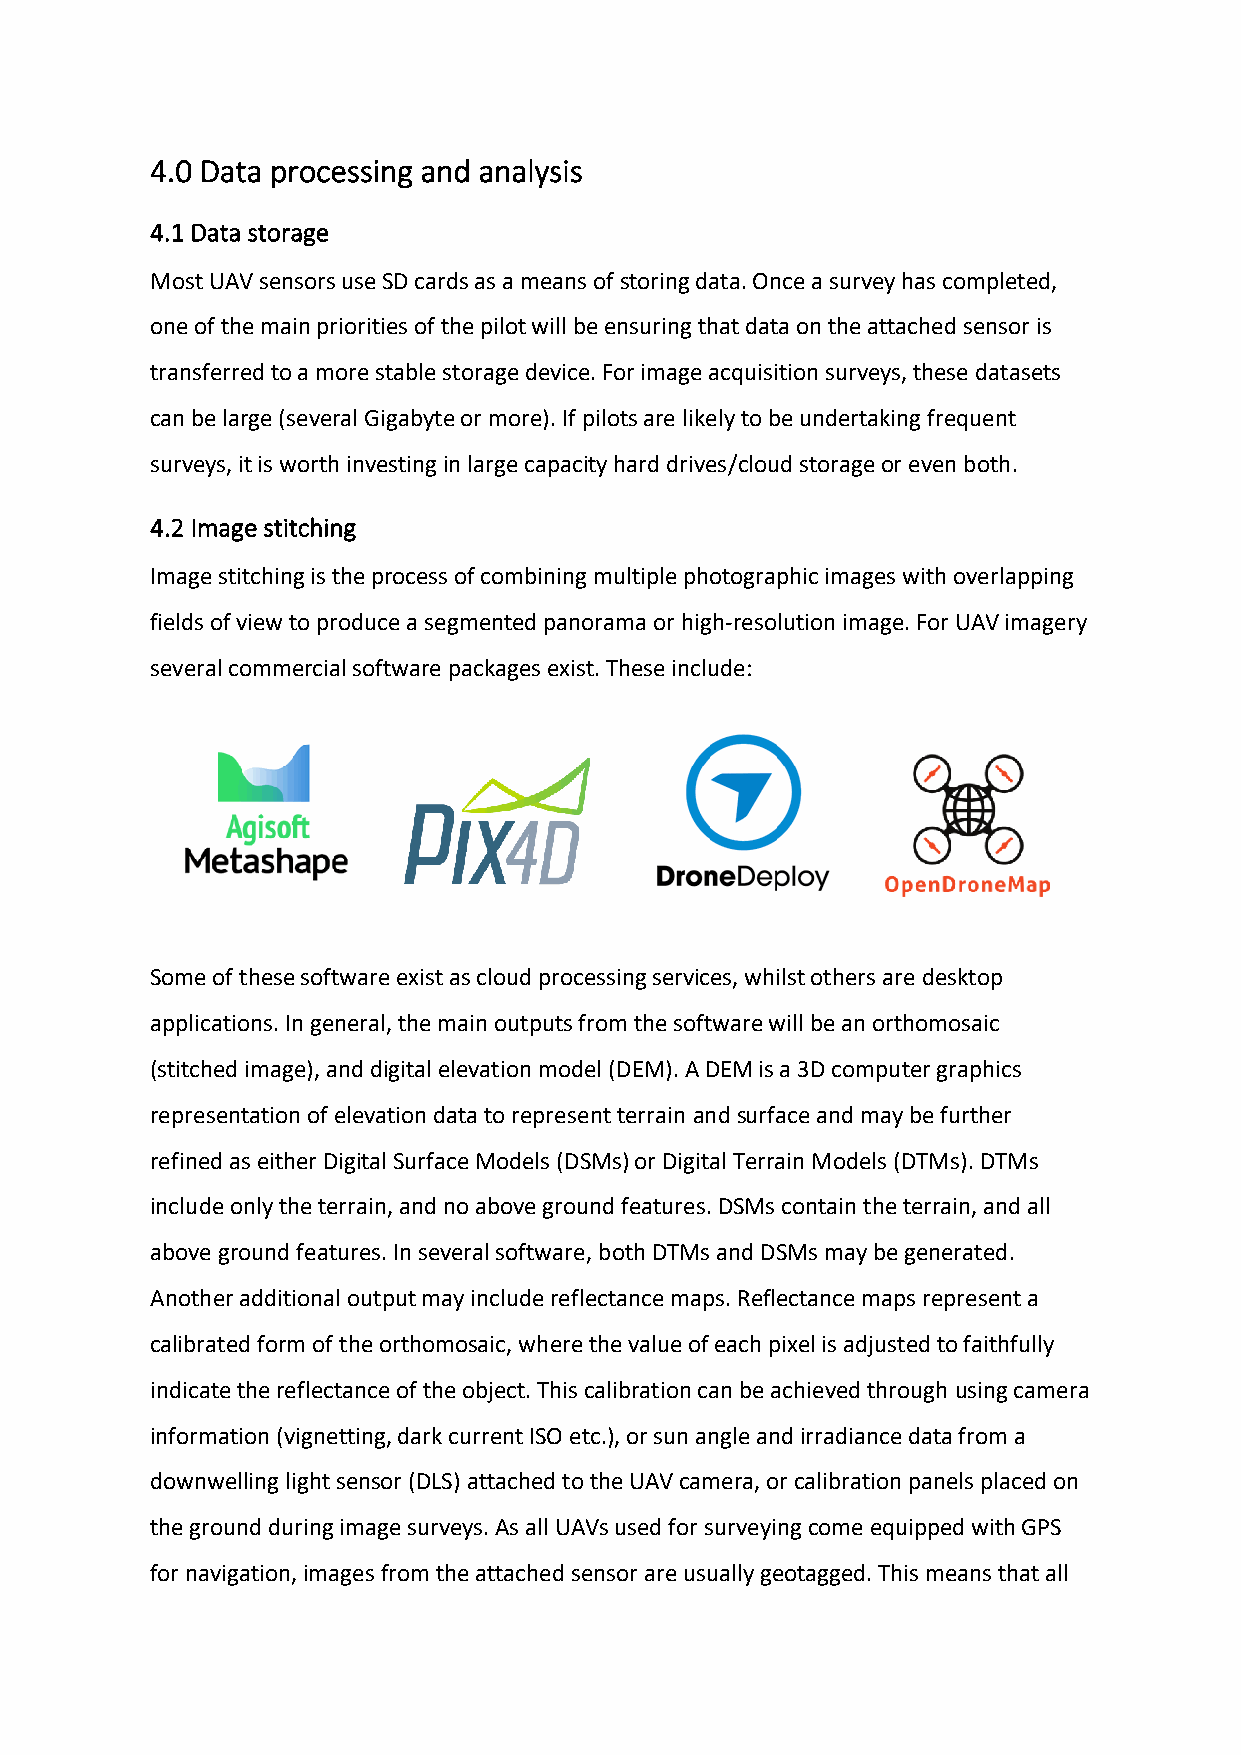
4.0 Data processing and analysis
 4.1 Data storage
 Most UAV sensors use SD cards as a means of storing data. Once a survey has completed,
 one of the main priorities of the pilot will be ensuring that data on the attached sensor is
 transferred to a more stable storage device. For image acquisition surveys, these datasets
 can be large (several Gigabyte or more). If pilots are likely to be undertaking frequent
 surveys, it is worth investing in large capacity hard drives/cloud storage or even both.
 4.2 Image stitching
 Image stitching is the process of combining multiple photographic images with overlapping
 fields of view to produce a segmented panorama or high-resolution image. For UAV imagery
 several commercial software packages exist. These include:
 Some of these software exist as cloud processing services, whilst others are desktop
 applications. In general, the main outputs from the software will be an orthomosaic
 (stitched image), and digital elevation model (DEM). A DEM is a 3D computer graphics
 representation of elevation data to represent terrain and surface and may be further
 refined as either Digital Surface Models (DSMs) or Digital Terrain Models (DTMs). DTMs
 include only the terrain, and no above ground features. DSMs contain the terrain, and all
 above ground features. In several software, both DTMs and DSMs may be generated.
 Another additional output may include reflectance maps. Reflectance maps represent a
 calibrated form of the orthomosaic, where the value of each pixel is adjusted to faithfully
 indicate the reflectance of the object. This calibration can be achieved through using camera
 information (vignetting, dark current ISO etc.), or sun angle and irradiance data from a
 downwelling light sensor (DLS) attached to the UAV camera, or calibration panels placed on
 the ground during image surveys. As all UAVs used for surveying come equipped with GPS
 for navigation, images from the attached sensor are usually geotagged. This means that all